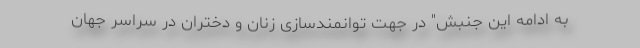
به ادامه این جنبش" در جهت توانمندسازی زنان و دختران در سراسر جهان